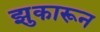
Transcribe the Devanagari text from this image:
झुकारून